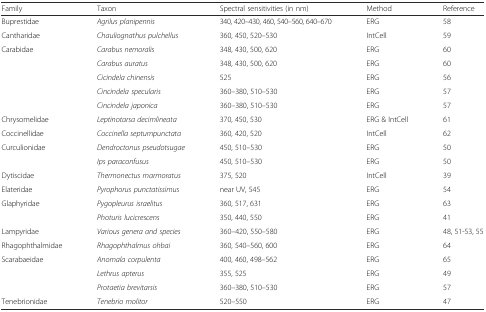
<table><thead><tr><td><b>Family</b></td><td><b>Taxon</b></td><td><b>Spectral sensitivities (in nm)</b></td><td><b>Method</b></td><td><b>Reference</b></td></tr></thead><tbody><tr><td>Buprestidae</td><td><i>Agrilus planipennis</i></td><td>340, 420–430, 460, 540–560, 640–670</td><td>ERG</td><td>58</td></tr><tr><td>Cantharidae</td><td><i>Chauliognathus pulchellus</i></td><td>360, 450, 520–530</td><td>IntCell</td><td>59</td></tr><tr><td rowspan="5">Carabidae</td><td><i>Carabus nemoralis</i></td><td>348, 430, 500, 620</td><td>ERG</td><td>60</td></tr><tr><td><i>Carabus auratus</i></td><td>348, 430, 500, 620</td><td>ERG</td><td>60</td></tr><tr><td><i>Cicindela chinensis</i></td><td>525</td><td>ERG</td><td>56</td></tr><tr><td><i>Cincindela specularis</i></td><td>360–380, 510–530</td><td>ERG</td><td>57</td></tr><tr><td><i>Cincindela japonica</i></td><td>360–380, 510–530</td><td>ERG</td><td>57</td></tr><tr><td>Chrysomelidae</td><td><i>Leptinotarsa decimlineata</i></td><td>370, 450, 530</td><td>ERG &amp; IntCell</td><td>61</td></tr><tr><td>Coccinellidae</td><td><i>Coccinella septumpunctata</i></td><td>360, 420, 520</td><td>IntCell</td><td>62</td></tr><tr><td rowspan="2">Curculionidae</td><td><i>Dendroctonus pseudotsugae</i></td><td>450, 510–530</td><td>ERG</td><td>50</td></tr><tr><td><i>Ips paraconfusus</i></td><td>450, 510–530</td><td>ERG</td><td>50</td></tr><tr><td>Dytiscidae</td><td><i>Thermonectus marmoratus</i></td><td>375, 520</td><td>IntCell</td><td>39</td></tr><tr><td>Elateridae</td><td><i>Pyrophorus punctatissimus</i></td><td>near UV, 545</td><td>ERG</td><td>54</td></tr><tr><td rowspan="2">Glaphyridae</td><td><i>Pygopleurus israelitus</i></td><td>360, 517, 631</td><td>ERG</td><td>63</td></tr><tr><td><i>Photuris lucicrescens</i></td><td>350, 440, 550</td><td>ERG</td><td>41</td></tr><tr><td>Lampyridae</td><td><i>Various genera and species</i></td><td>360–420, 550–580</td><td>ERG</td><td>48, 51-53, 55</td></tr><tr><td>Rhagophthalmidae</td><td><i>Rhagophthalmus ohbai</i></td><td>360, 540–560, 600</td><td>ERG</td><td>64</td></tr><tr><td rowspan="3">Scarabaeidae</td><td><i>Anomala corpulenta</i></td><td>400, 460, 498–562</td><td>ERG</td><td>65</td></tr><tr><td><i>Lethrus apterus</i></td><td>355, 525</td><td>ERG</td><td>49</td></tr><tr><td><i>Protaetia brevitarsis</i></td><td>360–380, 510–530</td><td>ERG</td><td>57</td></tr><tr><td>Tenebrionidae</td><td><i>Tenebrio molitor</i></td><td>520–550</td><td>ERG</td><td>47</td></tr></tbody></table>